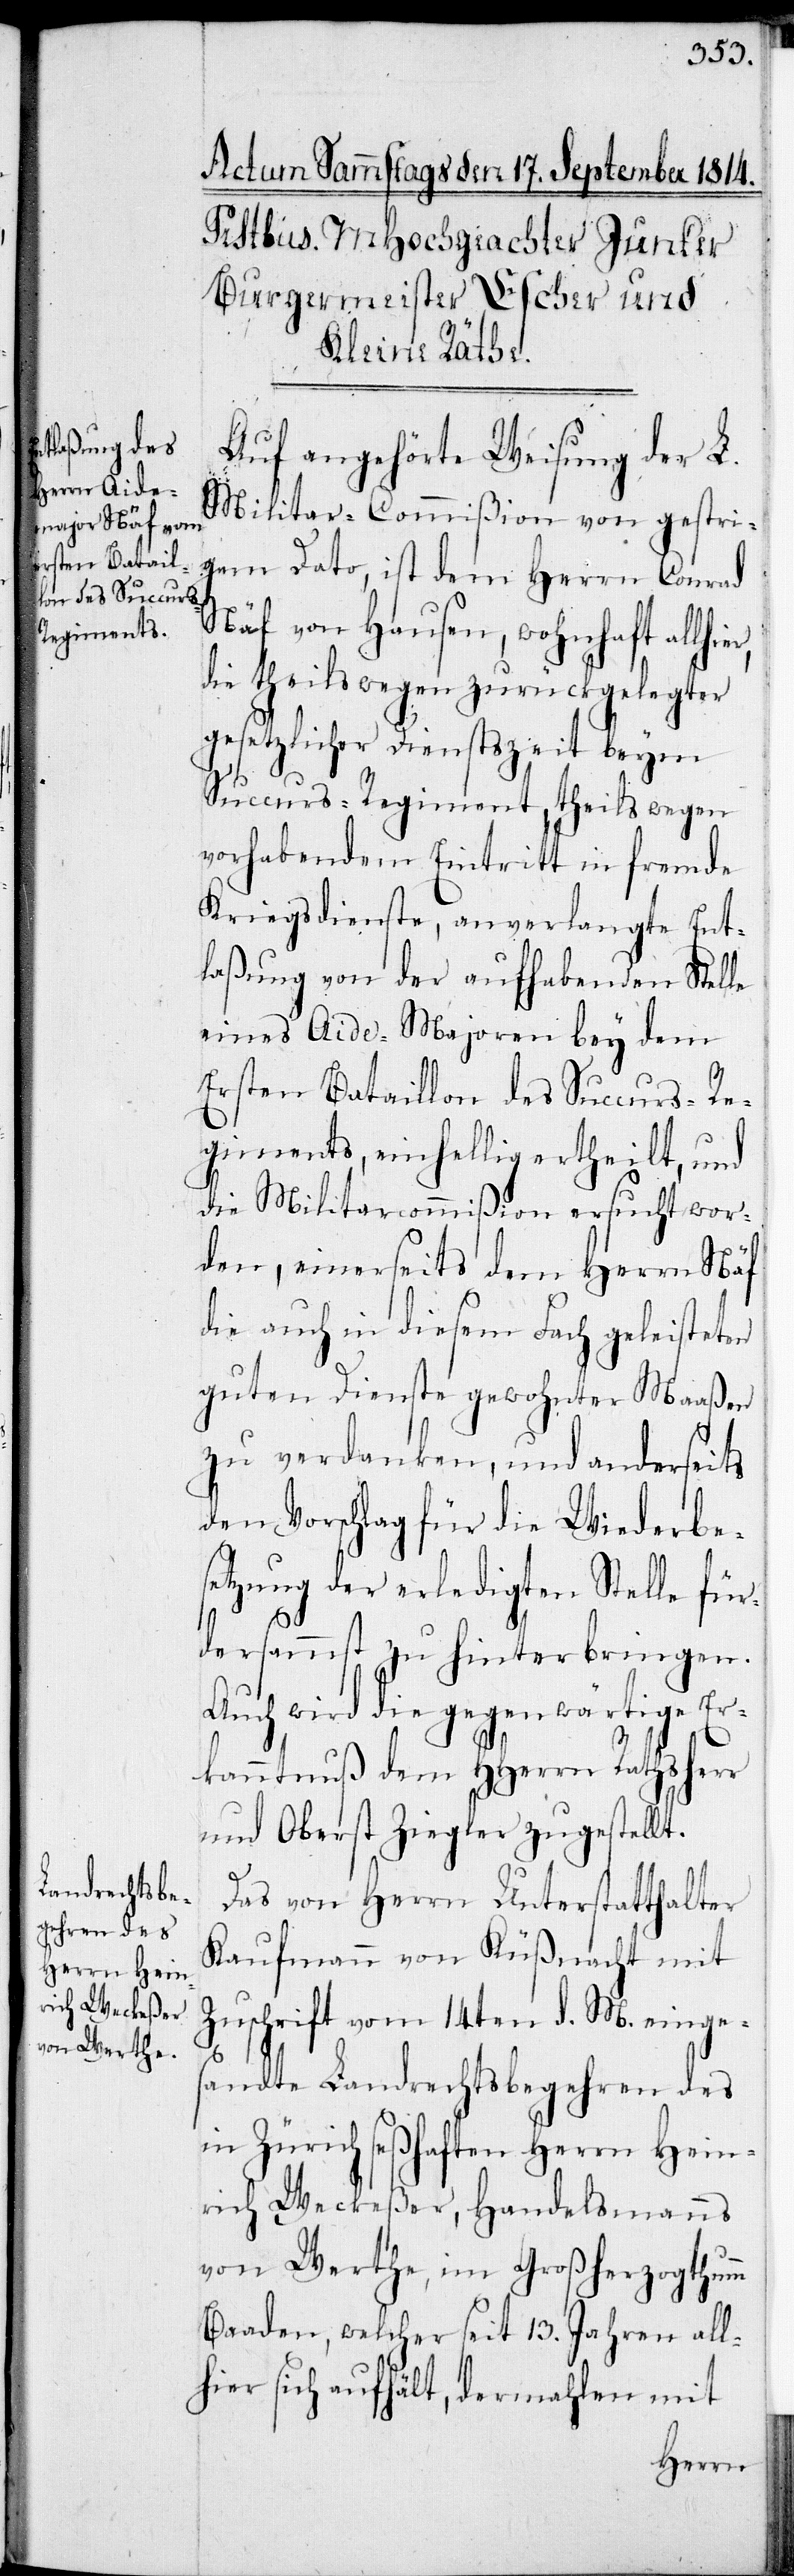
Auf angehörte Weisung der L.
Militar-Commißion von gestri¬
gem Dato, ist dem Herrn Conrad
Näf von Hausen, wohnhaft allhi¬
die theils wegen zurückgelegter
gesetzlicher Dienstzeit beym
Succurs-Regiment, theils wegen
vorhabendem Eintritt in fremde
Kriegsdienste, anverlangte Ent¬
laßung von der aufhabenden Stelle
eines Aide-Majoren bey dem
Ersten Bataillon des Succurs-Re¬
giments, einhellig ertheilt, und
die Militarcommißion ersucht wor¬
den, einerseits dem Herrn Näf
die auch in diesem Fach geleisteten
guten Dienste gewohnter Maaßen
zu verdanken, und anderseits
den Vorschlag für die Wiederbe¬
setzung der erledigten Stelle für¬
dersammst zu hinterbringen.
Auch wird die gegenwärtige Er¬
kanntnuß dem HHerrn Rathsherr
und Oberst Ziegler zugestellt.
Das von Herrn Unterstatthalter
Kaufmann von Küßnacht mit
Zuschrift vom 14ten d. M. einge¬
sandte Landrechtsbegehren des
in Zürich seßhaften Herrn Hein¬
rich Weckeßer, Handelsmanns
von Werthe, im Großherzogthumm
Baaden, welcher seit 13. Jahren all¬
hier sich aufhält, dermahlen mit
er,